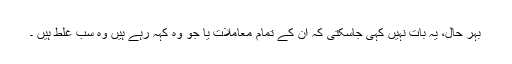
بہر حال، یہ بات نہیں کہی جاسکتی کہ ان کے تمام معاملات یا جو وہ کہہ رہے ہیں وہ سب غلط ہیں ۔